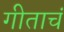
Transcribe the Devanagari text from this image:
गीताचं